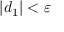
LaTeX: | d _ { 1 } | < \varepsilon